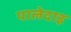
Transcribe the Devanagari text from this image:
पालेदाइ